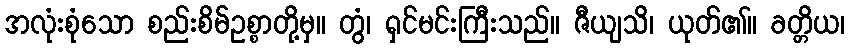
အလုံးစုံသော စည်းစိမ်ဥစ္စာတို့မှ။ တွံ၊ ရှင်မင်းကြီးသည်။ ဇီယျသိ၊ ယုတ်၏။ ခတ္တိယ၊